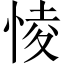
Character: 㥄